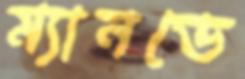
ম্যানডে